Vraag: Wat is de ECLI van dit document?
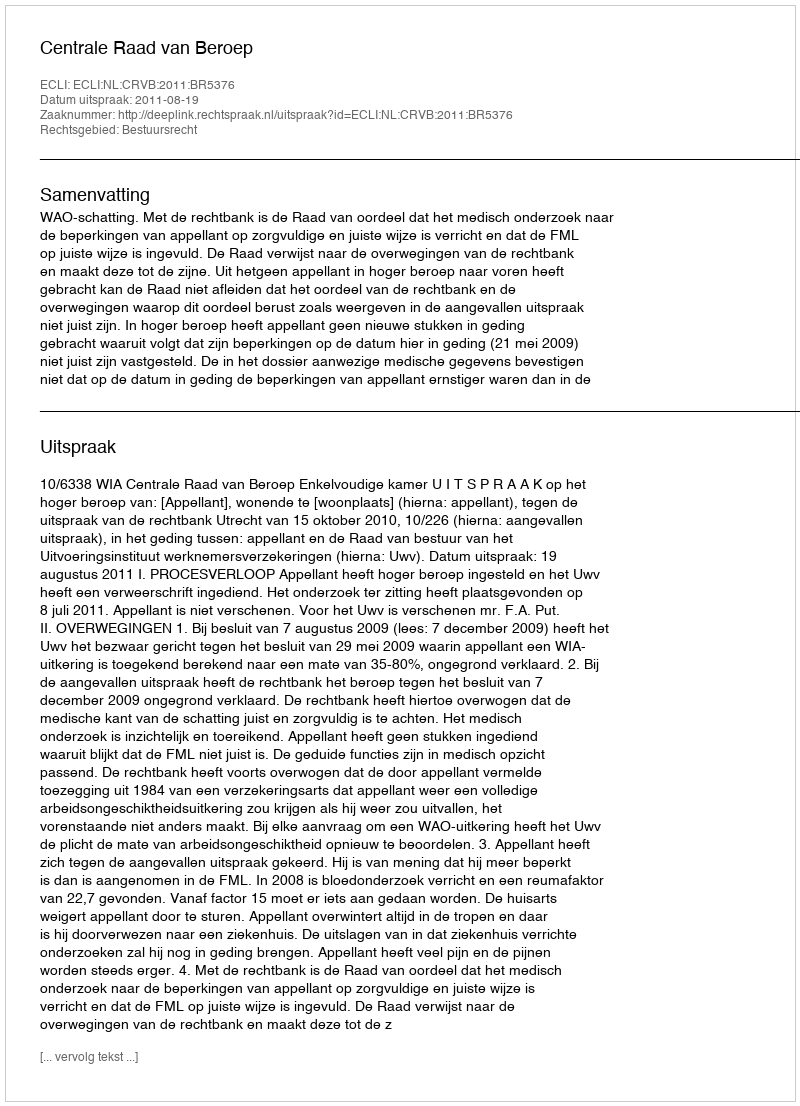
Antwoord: ECLI:NL:CRVB:2011:BR5376